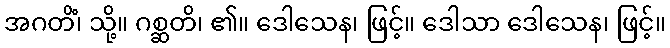
အဂတိံ၊ သို့။ ဂစ္ဆတိ၊ ၏။ ဒေါသေန၊ ဖြင့်။ ဒေါသာ ဒေါသေန၊ ဖြင့်။